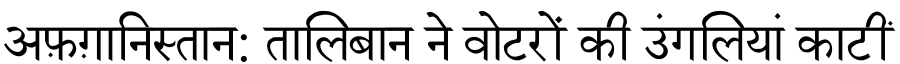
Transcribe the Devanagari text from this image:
अफ़ग़ानिस्तान: तालिबान ने वोटरों की उंगलियां काटीं